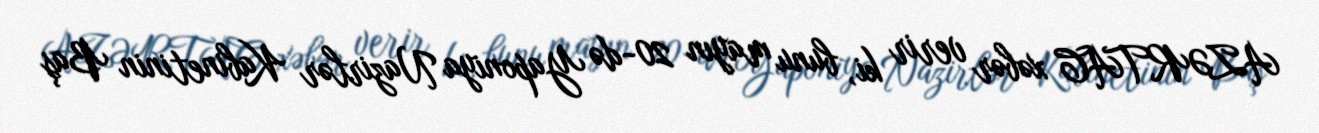
AZƏRTAC xəbər verir ki, bunu mayın 20-də Yaponiya Nazirlər Kabinetinin Baş